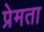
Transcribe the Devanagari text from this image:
प्रेमता